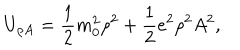
LaTeX: U _ { \rho A } = { \frac { 1 } { 2 } } m _ { 0 } ^ { 2 } \rho ^ { 2 } + { \frac { 1 } { 2 } } e ^ { 2 } \rho ^ { 2 } A ^ { 2 } ,